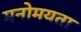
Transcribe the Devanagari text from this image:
मनोमयता